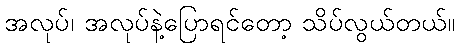
အလုပ်၊ အလုပ်နဲ့ပြောရင်တော့ သိပ်လွယ်တယ်။